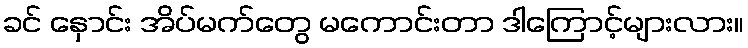
ခင် နှောင်း အိပ်မက်တွေ မကောင်းတာ ဒါကြောင့်များလား။